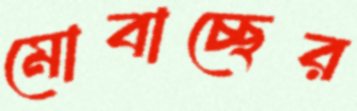
মোবাচ্ছের